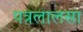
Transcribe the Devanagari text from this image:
पत्रलालसा